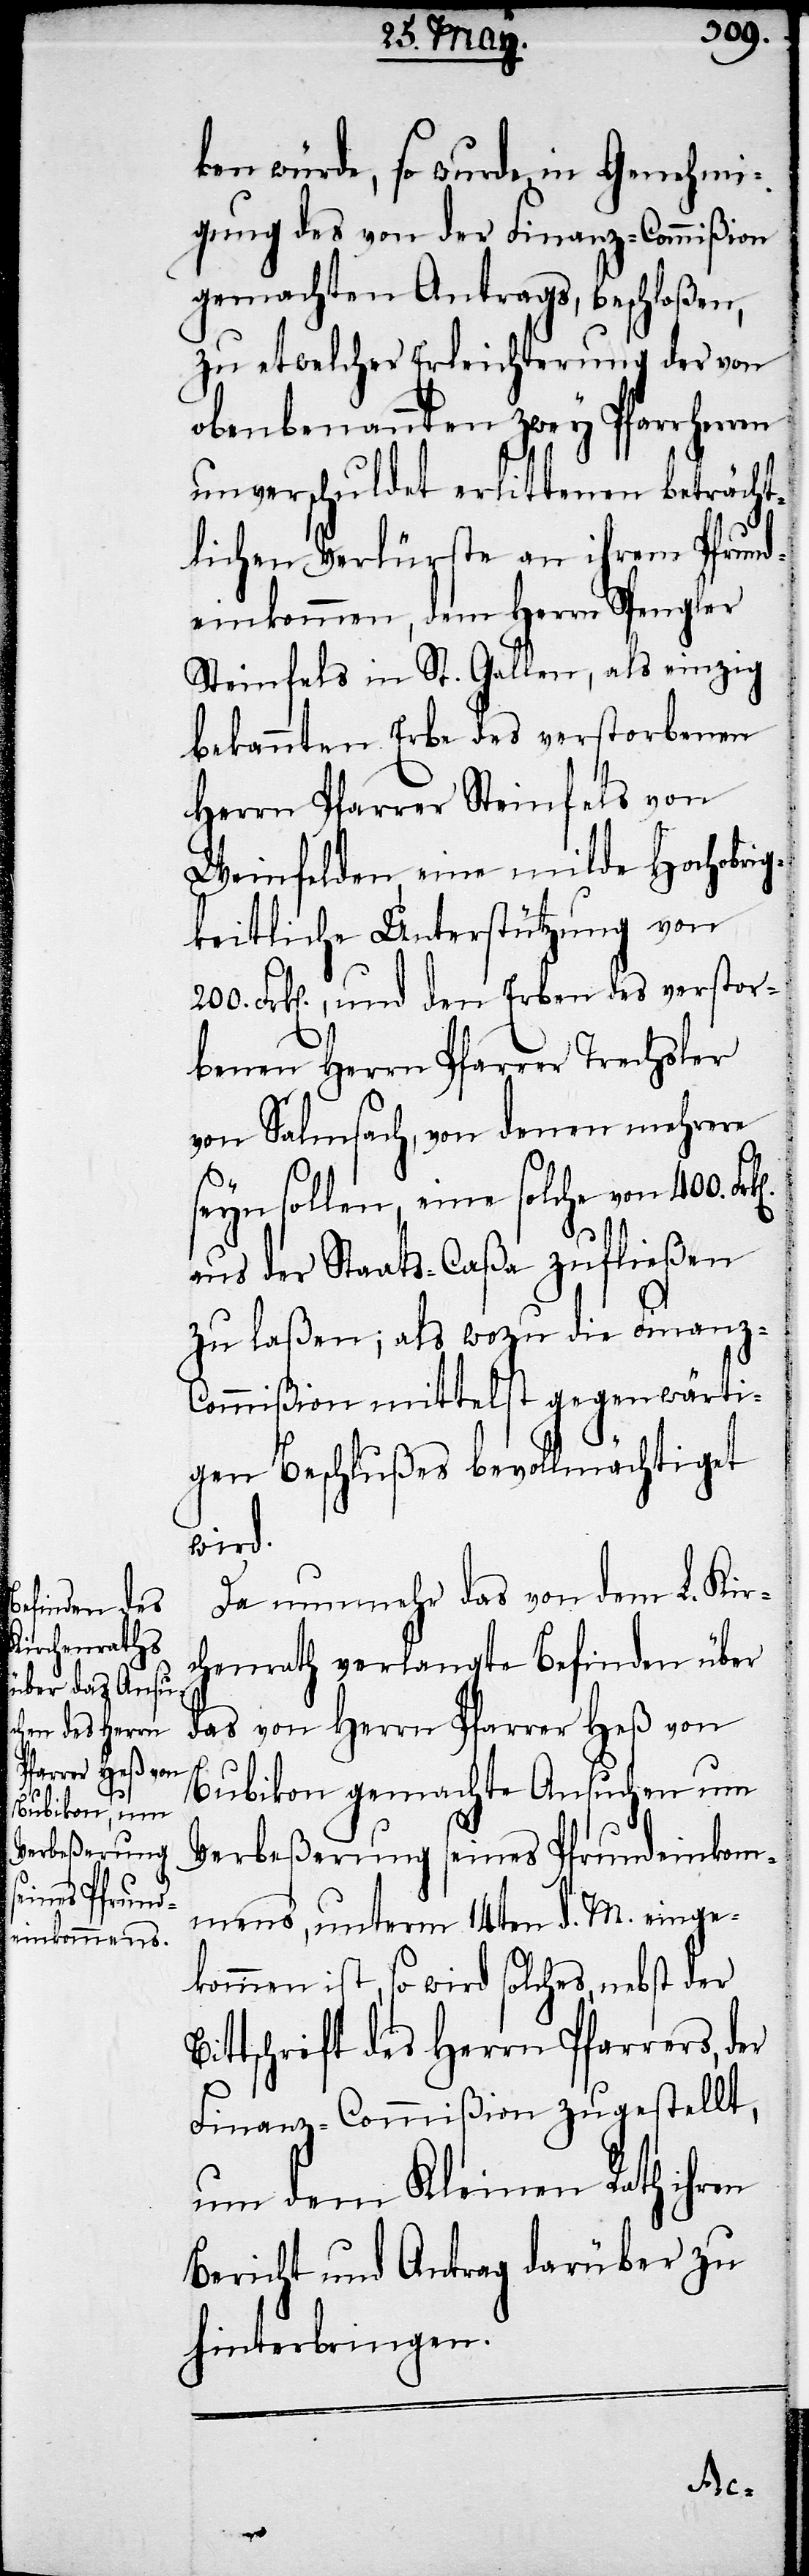
ben würde, so wurde in Genehmi¬
gung des von der Finanz-Commißion
gemachten Antrags, beschloßen,
zu etwelcher Erleichterung der von
obenbenannten zwey Pfarrherren
unverschuldet erlittenen beträcht¬
lichen Verlüste an ihrem Pfrund¬
einkommen, dem Herrn Spengler
Steinfels in St. Gallen, als einzig
bekannten Erbe des verstorbenen
Herrn Pfarrer Steinfels von
Weinfelden, eine milde Hochobrig¬
keitliche Unterstützung von
200. Frk[en]., und den Erben des verstor¬
benen Herrn Pfarrer Trechsler
von Salmsach, von denen mehrere
seyn sollen, eine solche von 400.
aus der Staats-Caßa zufließen
zu laßen; als wozu die Finanz-C¬
ommißion mittelst gegenwärti¬
gen Beschlußes bevollmächtiget
wird.
Da nunmehr das von dem L. Kir¬
chenrath verlangte Befinden über
das von Herrn Pfarrer Heß von
Bubikon gemachte Ansuchen um
Verbeßerung seines Pfrundeinkom¬
mens, unterm 14ten d. M. einge¬
kommen ist, so wird solches, nebst der
ittschrift des Herrn Pfarrers,
Finanz-Commißion zugestellt,
um dem Kleinen Rath ihren
Bericht und Antrag darüber zu
hinterbringen.
der